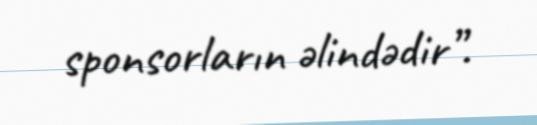
sponsorların əlindədir”.